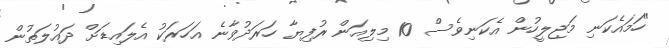
"ހަމައެކަނި މަޖިލީހުން އެކަނިވެސް 10 މިލިއަން ރުފިޔާ ހަރަދުވާނެ އަހަރަކު އެލައިޑަށް ދައުލަތުން